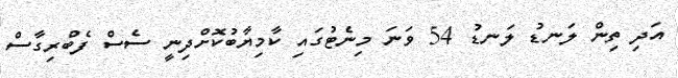
އަދި ތިން ލަނޑު ލަނޑު 54 ވަނަ މިނެޓުގައި ކާމިޔާބުކޮށްދިނީ ސެސް ފެބްރިގާސް